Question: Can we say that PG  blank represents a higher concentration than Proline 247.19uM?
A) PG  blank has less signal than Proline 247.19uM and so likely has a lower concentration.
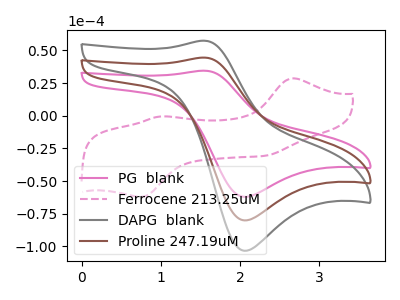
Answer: <think>The pink curve "PG  blank" has an anodic peak at (1.55V, 34.50uA) and a cathodic peak at (2.05V, -62.05uA). The pink dashed curve "Ferrocene 213.25uM" has anodic peaks at (2.65V, 28.65uA) (1.00V, -0.60uA) and cathodic peaks at (0.75V, -62.00uA) (2.30V, -30.50uA). The gray curve "DAPG  blank" has an anodic peak at (1.55V, 89.00uA) and a cathodic peak at (2.05V, -160.10uA). The brown curve "Proline 247.19uM" has an anodic peak at (1.55V, 44.50uA) and a cathodic peak at (2.05V, -80.05uA).
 All the peaks in "PG  blank" have a peak in "Proline 247.19uM" at the same potential. Every peak in "PG  blank" is lower than every peak in "Proline 247.19uM".</think>
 <answer>A) "PG  blank" has less signal than "Proline 247.19uM" and so likely has a lower concentration.</answer>
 <eval>A</eval>